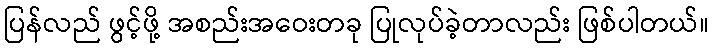
ပြန်လည် ဖွင့်ဖို့ အစည်းအဝေးတခု ပြုလုပ်ခဲ့တာလည်း ဖြစ်ပါတယ်။